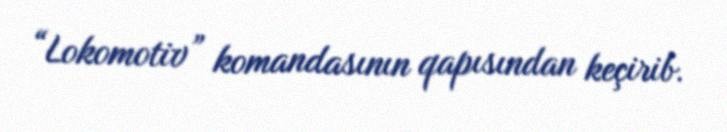
“Lokomotiv” komandasının qapısından keçirib.